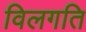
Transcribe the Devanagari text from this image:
विलगति